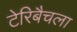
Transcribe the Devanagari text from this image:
टेरिबैचला